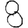
Digit: 8